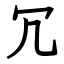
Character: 冗